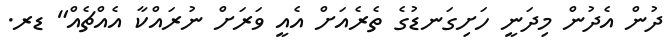
ދުން އެދުން މިދަނީ ހަށިގަނޑުގެ ތެރެއަށް އެއީ ވަރަށް ނުރައްކާ އެއްޗެއް" ޑރ.